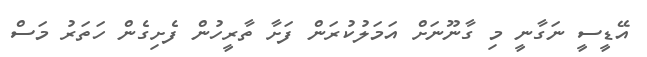
އޭޑީސީ ނަގާނީ މި ގާނޫނަށް އަމަލުކުރަން ފަށާ ތާރީހުން ފެށިގެން ހަތަރު މަސް